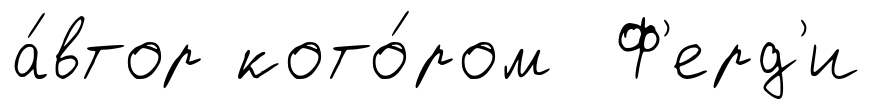
а́втор кото́ром Ф'ерд'и